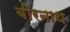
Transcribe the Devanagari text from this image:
बीरनाथ